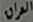
العراق